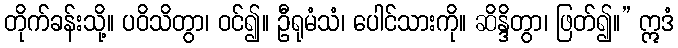
တိုက်ခန်းသို့။ ပဝိသိတွာ၊ ဝင်၍။ ဦရုမံသံ၊ ပေါင်သားကို။ ဆိန္ဒိတွာ၊ ဖြတ်၍။” ဣဒံ